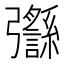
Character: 𢑈